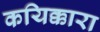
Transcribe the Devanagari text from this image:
कयिक्कारा